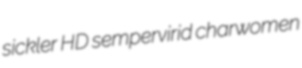
sickler HD sempervirid charwomen